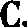
C.